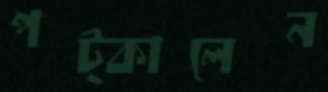
পট্‌কালেন